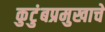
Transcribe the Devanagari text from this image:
कुटुंबप्रमुखाचे